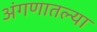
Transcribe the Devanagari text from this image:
अंगणातल्या